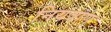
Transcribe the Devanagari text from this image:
नियंत्राण